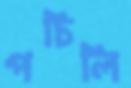
পচিলি